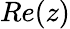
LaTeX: Re(z)